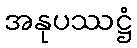
အနုပဿဋ္ဌံ